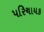
પરિચાયક